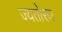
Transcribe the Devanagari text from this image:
ज्यतोरण